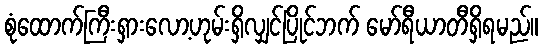
စုံထောက်ကြီးရှားလော့ဟုမ်းရှိလျှင်ပြိုင်ဘက် မော်ရီယာတီရှိရမည်။